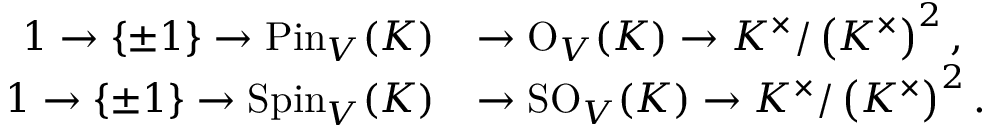
{ \begin{array} { r l } { 1 \to \{ \pm 1 \} \to { \mathrm { P i n } } _ { V } ( K ) } & { \to { \mathrm { O } } _ { V } ( K ) \to K ^ { \times } / \left( K ^ { \times } \right) ^ { 2 } , } \\ { 1 \to \{ \pm 1 \} \to { \mathrm { S p i n } } _ { V } ( K ) } & { \to { \mathrm { S O } } _ { V } ( K ) \to K ^ { \times } / \left( K ^ { \times } \right) ^ { 2 } . } \end{array} }